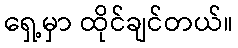
ရှေ့မှာ ထိုင်ချင်တယ်။